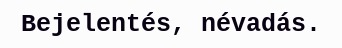
Bejelentés, névadás.